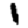
Digit: 1